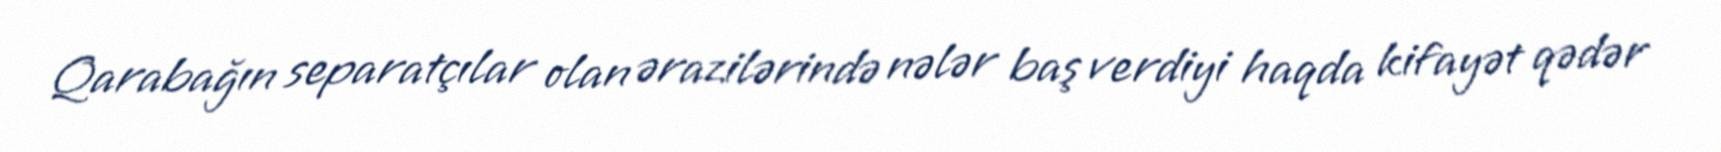
Qarabağın separatçılar olan ərazilərində nələr baş verdiyi haqda kifayət qədər